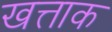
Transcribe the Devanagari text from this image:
खत्ताक